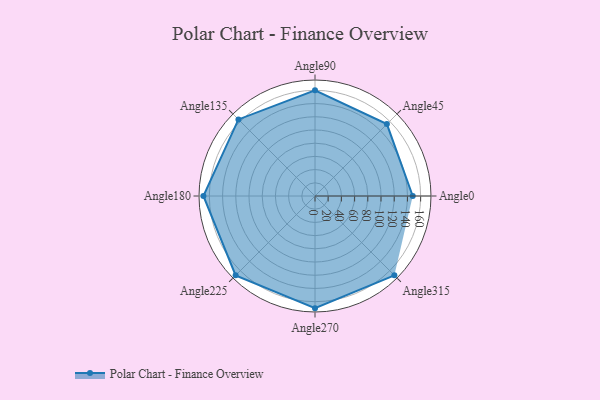
{"axis": {"x": "Angle", "y": "Radius"}, "legend": [""], "data": [{"x": "Angle0", "y": 148.0, "type": ""}, {"x": "Angle45", "y": 154.0, "type": ""}, {"x": "Angle90", "y": 160.0, "type": ""}, {"x": "Angle135", "y": 164.0, "type": ""}, {"x": "Angle180", "y": 169.0, "type": ""}, {"x": "Angle225", "y": 170, "type": ""}, {"x": "Angle270", "y": 170, "type": ""}, {"x": "Angle315", "y": 170, "type": ""}]}